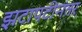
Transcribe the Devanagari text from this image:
झटापटीनंतर